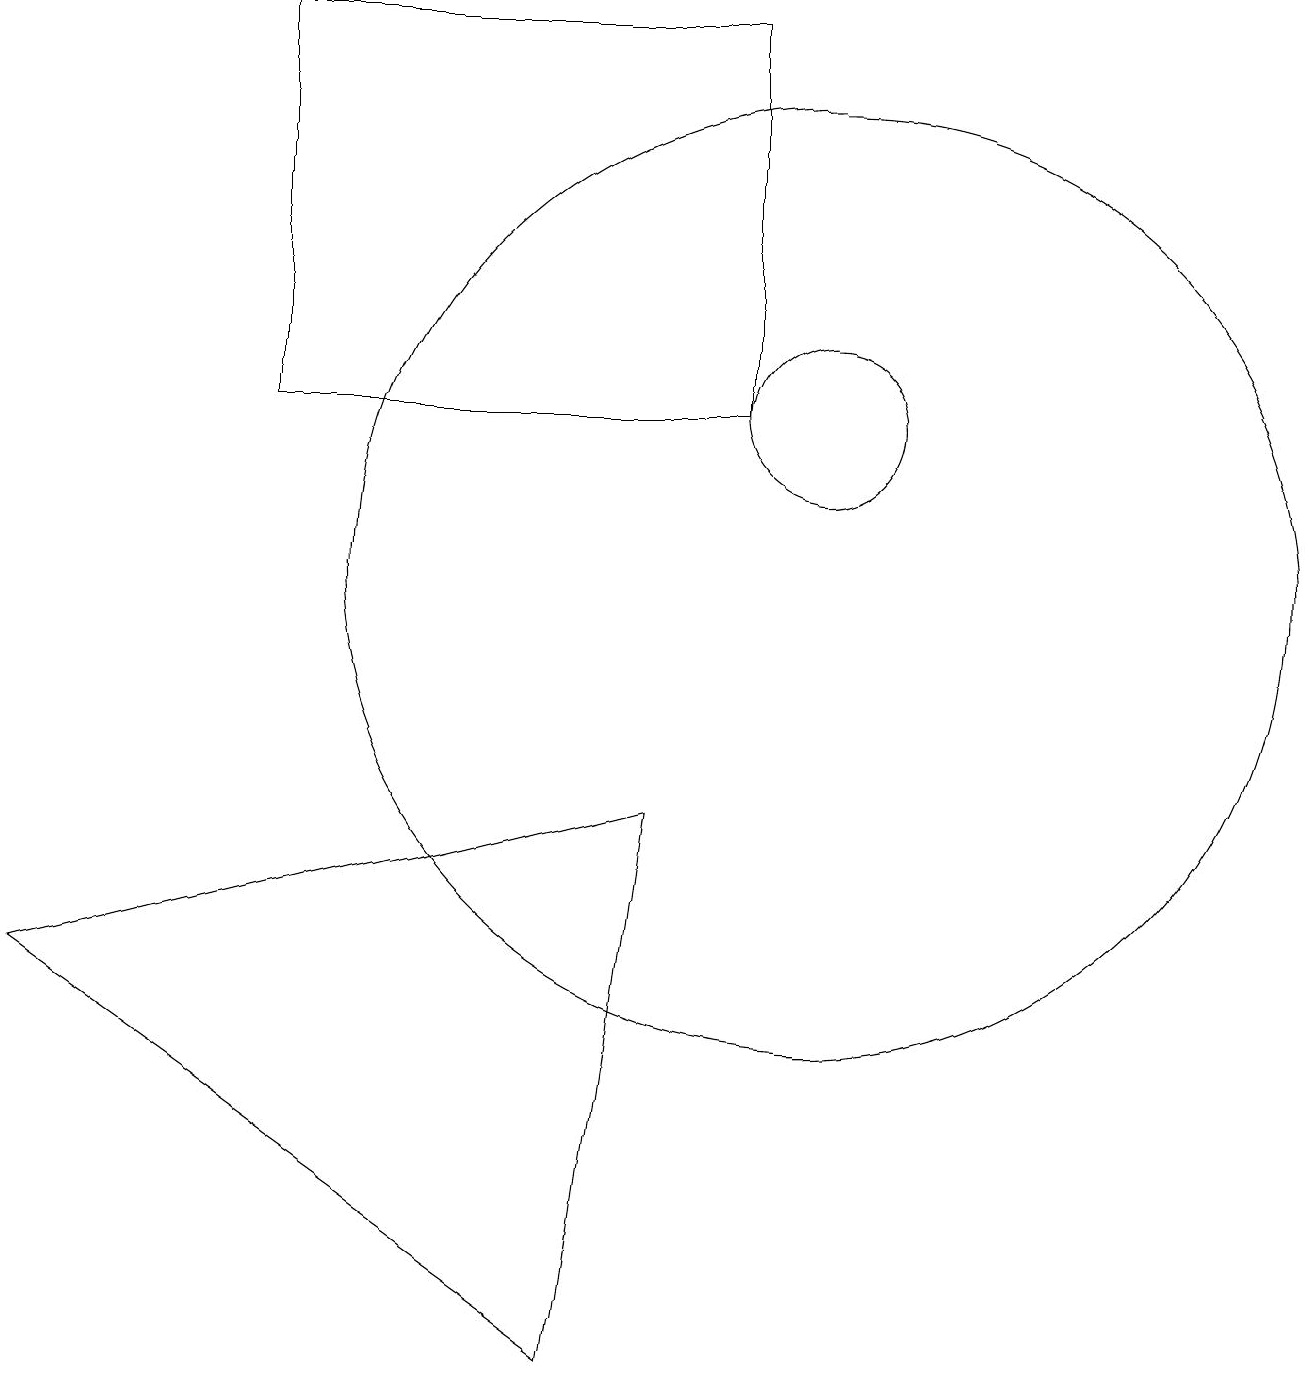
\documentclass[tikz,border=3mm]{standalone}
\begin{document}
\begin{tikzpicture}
\draw (10,10) circle (6);
\draw (3,12) rectangle (9,17);
\draw (7,0) -- (0,5) -- (8,7) -- cycle;
\draw (10,12) circle (1);
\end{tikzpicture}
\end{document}